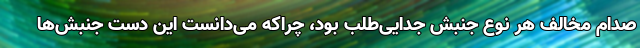
صدام مخالف هر نوع جنبش جدایی‌طلب بود، چراکه می‌دانست این دست جنبش‌ها